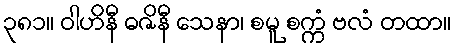
၃၈၁။ ဝါဟိနီ ဓဇိနီ သေနာ၊ စမူ စက္ကံ ဗလံ တထာ။